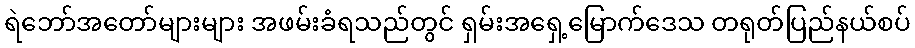
ရဲဘော်အတော်များများ အဖမ်းခံရသည်တွင် ရှမ်းအရှေ့မြောက်ဒေသ တရုတ်ပြည်နယ်စပ်